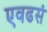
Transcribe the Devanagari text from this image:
एवढसं